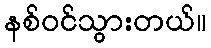
နစ်ဝင်သွားတယ်။